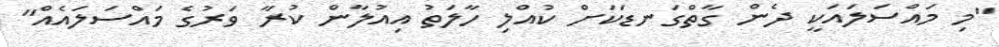
"މި މައްސަލައަކީ ދެން ގާތްގަނޑަކަށް ކުއްލި ހާލަތު އިއުލާން ކުރާ ވަރުގެ މައްސަލައެއް"